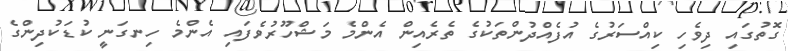
ގޮތުގައި ދިވެހި ކިއްސަރުގެ އުފެއްދުންތަކުގެ ތެރެއިން އެންމެ މަޝްހޫރުވެފައި އެންމެ ހިނގަނީ ކުޑަކުދިންގެ